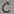
Text: C